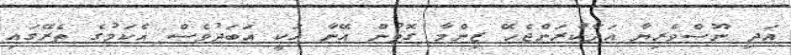
އަދި ނޫސްވެރިޔާ އަދާކުރަންޖެހޭ ޒިންމާ ގޮތުން އޭނާ އަކީ އަބަދުވެސް އެކަމުގެ ތެރޭގައި